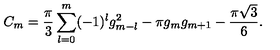
C _ { m } = { \frac { \pi } { 3 } } \sum _ { l = 0 } ^ { m } ( - 1 ) ^ { l } g _ { m - l } ^ { 2 } - \pi g _ { m } g _ { m + 1 } - { \frac { \pi { \sqrt 3 } } { 6 } } .